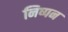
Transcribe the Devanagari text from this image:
निष्पन